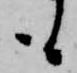
も